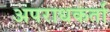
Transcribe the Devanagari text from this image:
अपराधकर्ता